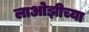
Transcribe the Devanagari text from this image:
लाओझीच्या